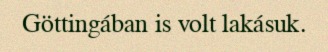
Göttingában is volt lakásuk.